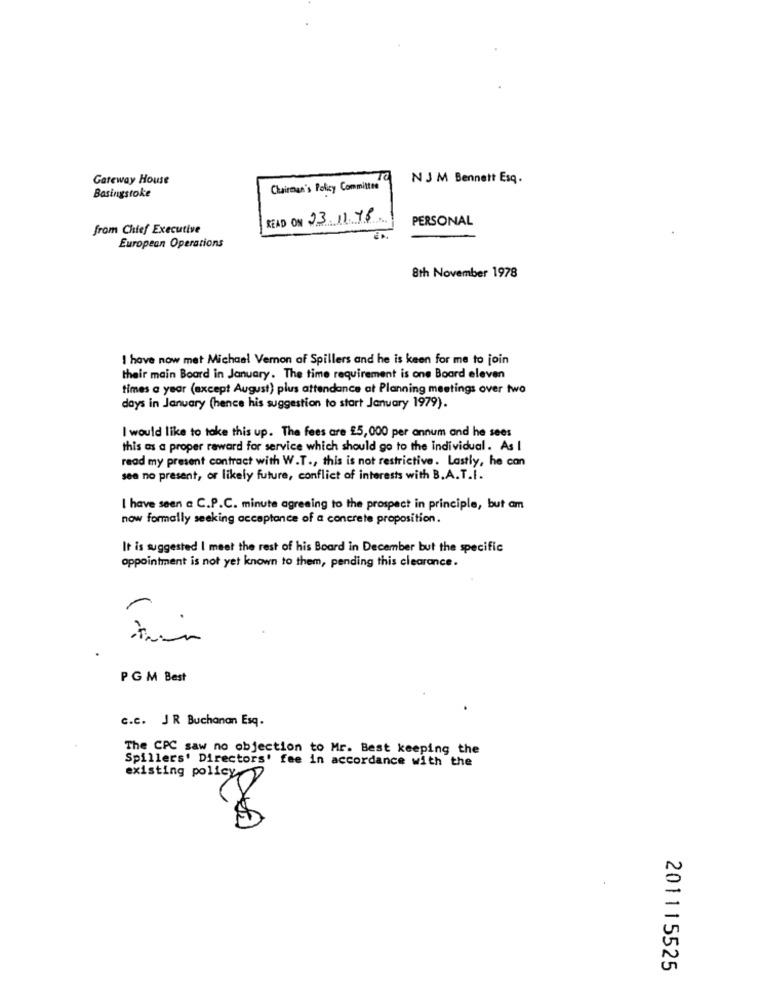
Gateway House
NJ M Bennett Esq.
Basingstoke
Chairman's Policy Committee"
READ ON 23.11.78.
PERSONAL
from Chief Executive
European Operations
8th November 1978
I have now met Michael Vemon of Spillers and he is keen for me to join
their main Board in January. The time requirement is one Board eleven
times a year (except August) plus attendance at Planning meetings over two
days in January (hence his suggestion to start January 1979).
I would like to take this up. The fees are £5,000 per annum and he sees
this as a proper raward for service which should go to the individual. As I
read my present contract with W.T ., this is not restrictive. Lastly, he can
see no present, or likely future, conflict of interests with B. A. T.I.
I have seen a C.P.C. minute agreeing to the prospect in principle, but am
now formally seeking acceptance of a concrete proposition.
It is suggested I meet the rest of his Board in December but the specific
appointment is not yet known to them, pending this clearance.
PGM Best
c.c. J R Buchanan Esq.
The CPC saw no objection to Mr. Best keeping the
Spillers' Directors' fee in accordance with the
existing policy
201115525